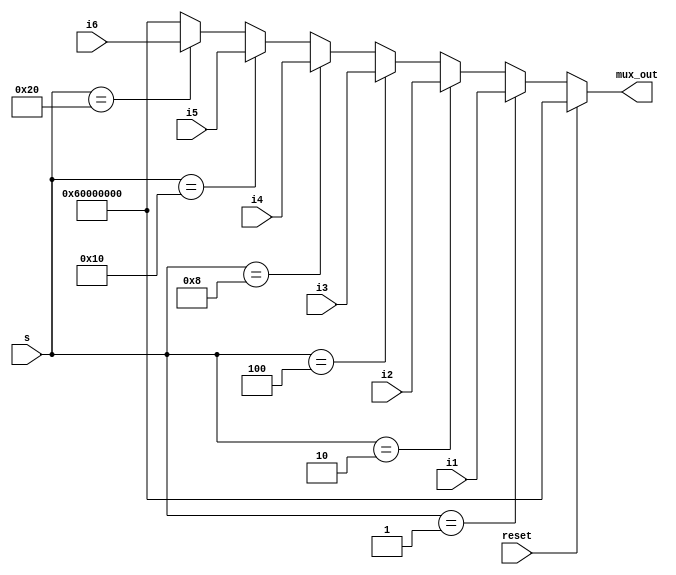

////////////////////////////////////////////////////////////////////////////////
// Company: 
// Engineer:
//
// Design Name:    
// Module Name:    bus_mux_6line
// Project Name:   
// Target Device:  
// Tool versions:  
// Description:
//
// Dependencies:
// 
// Revision:
// Revision 0.01 - File Created
// Additional Comments:
// 
////////////////////////////////////////////////////////////////////////////////
module bus_mux_6line(reset, i1, i2, i3, i4, i5, i6, s, mux_out);
    input [31:0] i1;
    input [31:0] i2;
    input [31:0] i3;
    input [31:0] i4;
    input [31:0] i5;
    input [31:0] i6;
    input [5:0] s ;
	 input reset ;
    output [31:0] mux_out;
	 reg [31:0] mux_out;

	 always @ (reset or i1 or i2 or i3 or i4 or i5 or i6 or s)
	 begin
	 		if (reset == 1'b 1)
					mux_out <= 32'b 01100000000000000000000000000000 ;
			else 
			begin
	 		     		  if (s == 6'b 000001) mux_out <= i1 ;
					else if (s == 6'b 000010) mux_out <= i2 ;
					else if (s == 6'b 000100) mux_out <= i3 ;
					else if (s == 6'b 001000) mux_out <= i4 ;
					else if (s == 6'b 010000) mux_out <= i5 ;
					else if (s == 6'b 100000) mux_out <= i6 ;
					else mux_out <= 32'b 01100000000000000000000000000000 ;
			end
	 end


endmodule